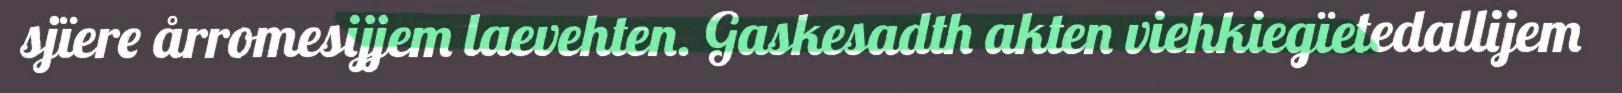
sjïere årromesijjem laevehten. Gaskesadth akten viehkiegïetedallijem